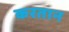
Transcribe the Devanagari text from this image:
करतान